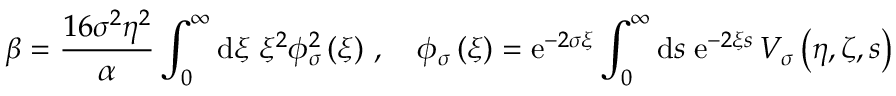
\beta = \frac { 1 6 \sigma ^ { 2 } \eta ^ { 2 } } { \alpha } \int _ { 0 } ^ { \infty } \mathrm { d } \xi \; \xi ^ { 2 } \phi _ { \sigma } ^ { 2 } \left( \xi \right) \, , \quad \phi _ { \sigma } \left( \xi \right) = \mathrm { e } ^ { - 2 \sigma \xi } \int _ { 0 } ^ { \infty } \mathrm { d } s \; \mathrm { e } ^ { - 2 \xi s } \, { \cal V } _ { \sigma } \left( \eta , \zeta , s \right)